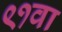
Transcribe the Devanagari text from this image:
९१वा